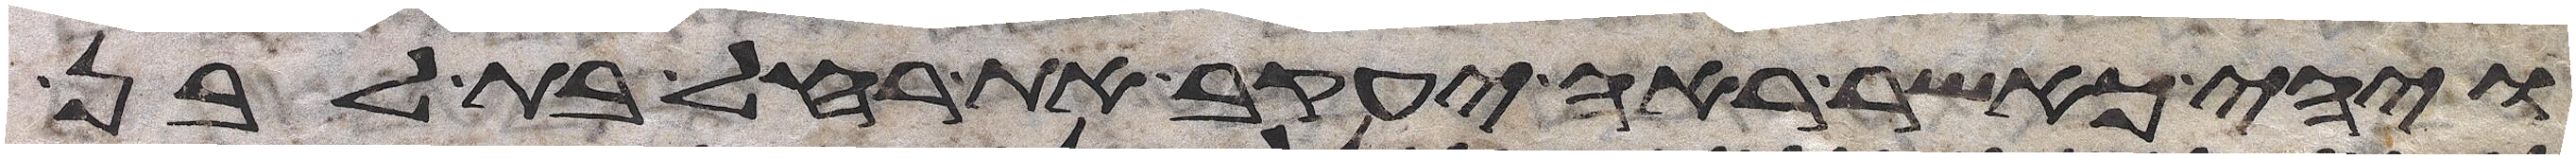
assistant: ויהי כאשר ראה יעקב את רחל בת לבן